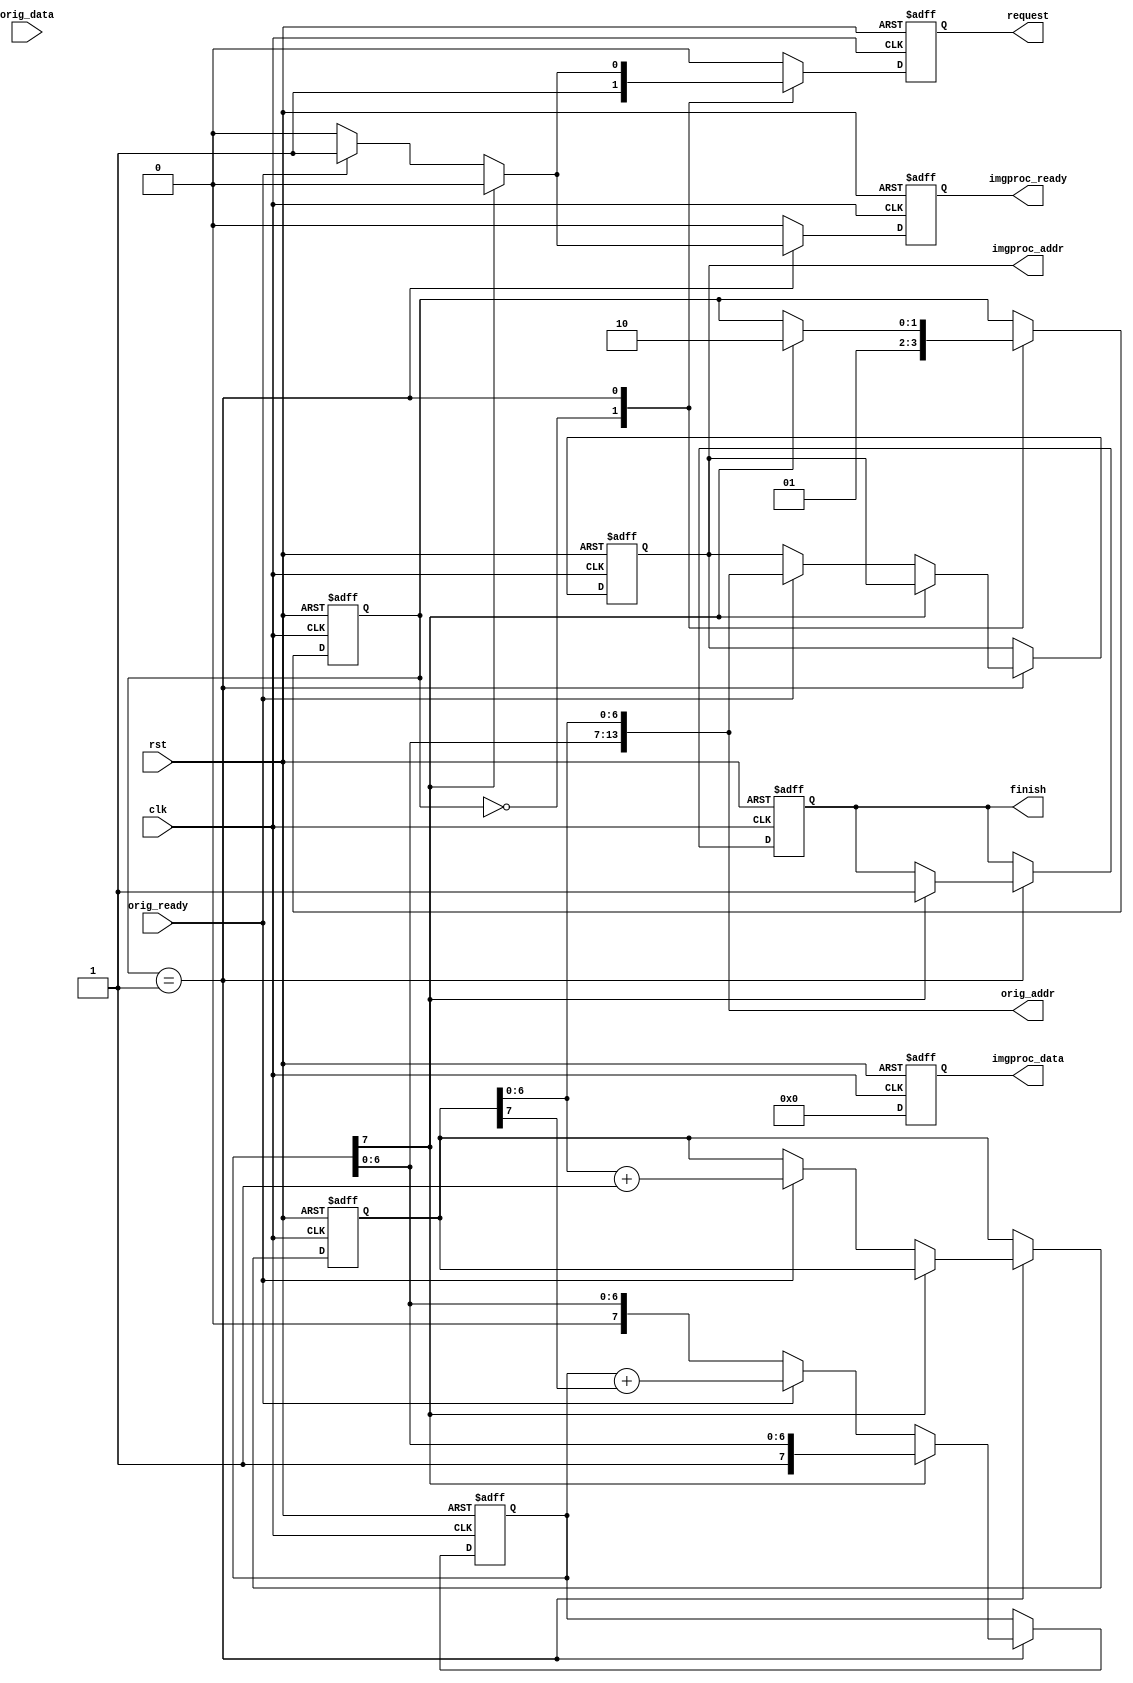
module imgproc(clk,rst,orig_data,orig_ready,request,orig_addr,imgproc_ready,imgproc_addr,imgproc_data,finish);

input           clk, rst;

input [7:0]     orig_data;
input           orig_ready;

output          request;
output [13:0]   orig_addr;

output          imgproc_ready;
output [13:0]   imgproc_addr;
output [7:0]    imgproc_data;
output          finish;

// parameter declaration
parameter IDLE      = 2'd0;
parameter READ      = 2'd1;
parameter DONE      = 2'd2;

// reg / wire declaration

reg         imgproc_ready,next_imgproc_ready;
reg         request,next_request;
reg [1:0]   state , next_state;
reg [7:0]   row_count,next_row_count;
reg [7:0]   col_count,next_col_count;
reg [7:0]   imgproc_data,next_imgproc_data;
reg         finish, next_finish;
reg [13:0]  imgproc_addr,next_imgproc_addr;

assign orig_addr = {row_count,col_count[6:0] };
// combinational part
always@(*)begin
    next_col_count = col_count;
    next_row_count = row_count;
    next_state = state;
    next_imgproc_addr = imgproc_addr;
    next_finish = finish;
    next_imgproc_ready = 0;
    next_imgproc_data = 0;
    next_request = 0;
    case(state)
        IDLE: begin
            next_state = READ;
            next_request = 1;
            next_imgproc_ready = 0;
        end
        READ: begin
            if(row_count[7]==1) begin
                next_state = DONE;
                next_finish = 1;
            end
            else if(orig_ready) begin
                next_imgproc_ready = 1;
                next_imgproc_data = orig_data[7:1]+orig_data[0];
                next_request = 1;
                next_col_count = col_count[6:0]+7'd1;
                next_row_count = row_count+col_count[7];
                next_imgproc_addr = orig_addr;
            end
        end
    endcase
end

// sequential part
always@(posedge clk or posedge rst)begin
    if(rst) begin
        row_count   <= 0;
        col_count   <= 0;
        request     <= 0;
        imgproc_ready  <= 0;
        state       <= 0;
        imgproc_data   <= 0;
        finish      <= 0;
        imgproc_addr   <= 0;
    end
    else begin
        row_count   <= next_row_count;
        col_count   <= next_col_count;
        request     <= next_request;
        imgproc_ready  <= next_imgproc_ready;
        state <= next_state;
        imgproc_data   <= 0;
        finish      <= next_finish;
        imgproc_addr   <= next_imgproc_addr;
    end
end

endmodule